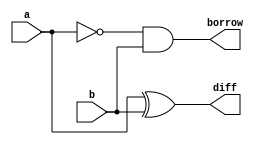
`timescale 1ns / 1ps
//////////////////////////////////////////////////////////////////////////////////
// Company: 
// Engineer: 
// 
// Design Name: 
// Module Name: half_sub_data
// Project Name: 
// Target Devices: 
// Tool Versions: 
// Description: 
// 
// Dependencies: 
// 
// Revision:
// Revision 0.01 - File Created
// Additional Comments:
// 
//////////////////////////////////////////////////////////////////////////////////


module half_sub_data(
    input a,
    input b,
    output diff,
    output borrow
    );

assign diff= a^b;
assign borrow= ~a&b;

endmodule